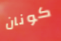
كونان